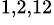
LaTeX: ^{1,2,12}